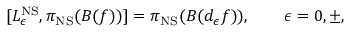
[ L _ { \epsilon } ^ { \mathrm { N S } } , \pi _ { \mathrm { N S } } ( B ( f ) ) ] = \pi _ { \mathrm { N S } } ( B ( d _ { \epsilon } f ) ) , \qquad \epsilon = 0 , \pm ,